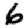
Digit: 6